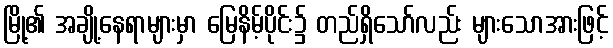
မြို့၏ အချို့နေရာများမှာ မြေနိမ့်ပိုင်း၌ တည်ရှိသော်လည်း များသောအားဖြင့်